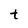
Character: t